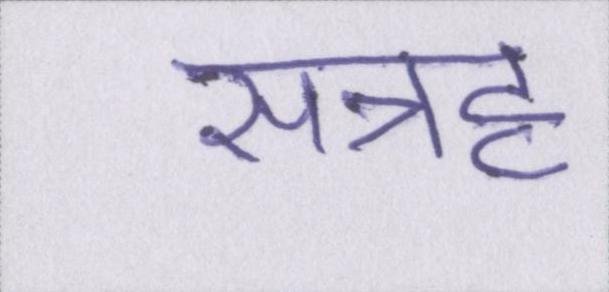
सत्रह